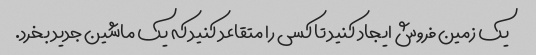
یک زمین فروش ایجاد کنید تا کسی را متقاعد کنید که یک ماشین جدید بخرد.